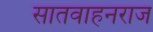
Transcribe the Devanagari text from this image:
सातवाहनराज